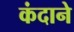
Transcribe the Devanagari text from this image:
कंदाने